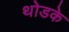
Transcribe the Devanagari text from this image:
थोडके